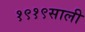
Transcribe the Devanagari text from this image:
१९१९साली